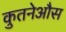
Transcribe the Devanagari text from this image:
कुतनेऔस